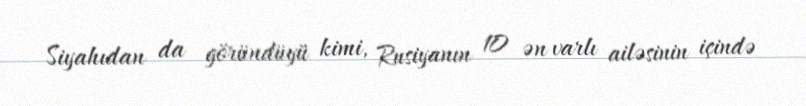
Siyahıdan da göründüyü kimi, Rusiyanın 10 ən varlı ailəsinin içində